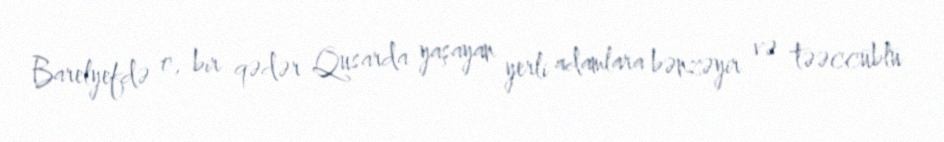
Barelyefdə o, bir qədər Qusarda yaşayan yerli adamlara bənzəyir və təəccüblü